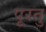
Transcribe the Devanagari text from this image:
पूरतु